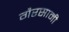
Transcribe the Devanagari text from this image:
गैरसामी